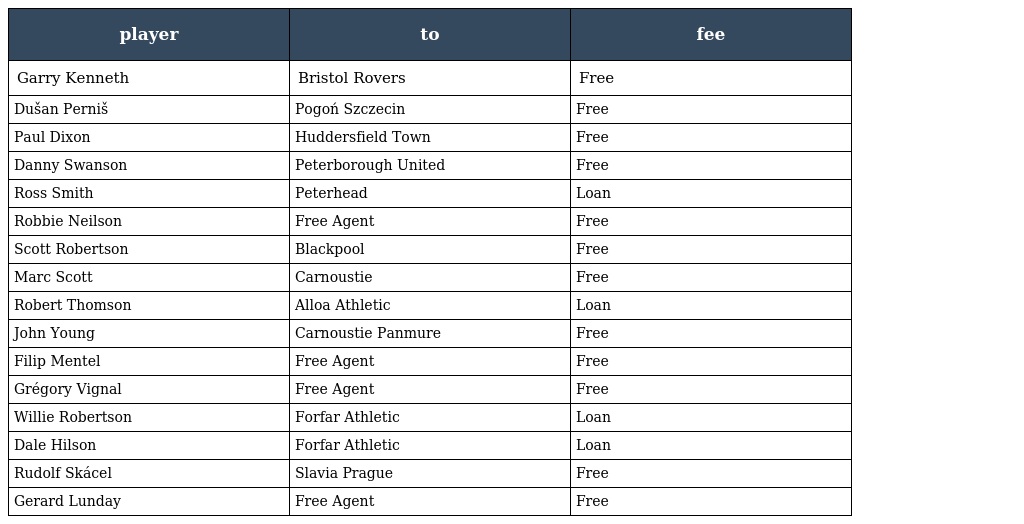
| player | to | fee |
 | --- | --- | --- |
 | Garry Kenneth | Bristol Rovers | Free |
 | Dušan Perniš | Pogoń Szczecin | Free |
 | Paul Dixon | Huddersfield Town | Free |
 | Danny Swanson | Peterborough United | Free |
 | Ross Smith | Peterhead | Loan |
 | Robbie Neilson | Free Agent | Free |
 | Scott Robertson | Blackpool | Free |
 | Marc Scott | Carnoustie | Free |
 | Robert Thomson | Alloa Athletic | Loan |
 | John Young | Carnoustie Panmure | Free |
 | Filip Mentel | Free Agent | Free |
 | Grégory Vignal | Free Agent | Free |
 | Willie Robertson | Forfar Athletic | Loan |
 | Dale Hilson | Forfar Athletic | Loan |
 | Rudolf Skácel | Slavia Prague | Free |
 | Gerard Lunday | Free Agent | Free |